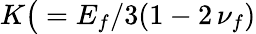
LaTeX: K\big(={E_{f}}/{3(1-2\, \nu_{f})}